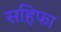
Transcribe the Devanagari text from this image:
सहिफा